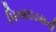
પિનાઇડસની